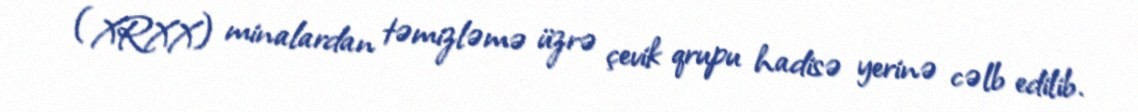
(XRXX) minalardan təmizləmə üzrə çevik qrupu hadisə yerinə cəlb edilib.